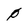
Character: 0